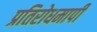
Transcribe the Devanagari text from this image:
प्रतिरोधमापी